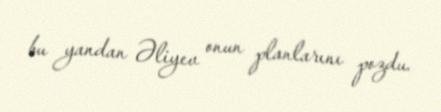
bu yandan Əliyev onun planlarını pozdu.